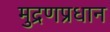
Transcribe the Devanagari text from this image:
मुद्रणप्रधान